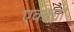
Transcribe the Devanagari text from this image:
एक्ढ्या